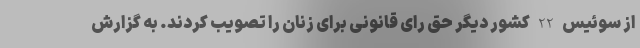
از سوئیس 22 کشور دیگر حق رای قانونی برای زنان را تصویب کردند. به گزارش